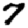
Digit: 7